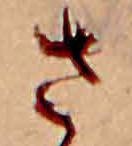
さ